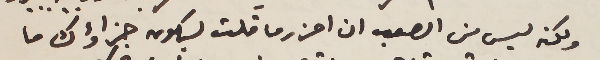
ولكن ليس من الصعب ان احزر ما قلت ليكون جزاؤك ما